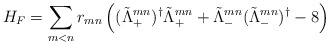
\begin{align*}H_{F}=\sum_{m<n}r_{mn}\left( (\tilde \Lambda_{+}^{mn})^{\dagger}\tilde \Lambda_{+}^{mn} + \tilde \Lambda_{-}^{mn}(\tilde \Lambda_{-}^{mn})^{\dagger} - 8 \right)\end{align*}